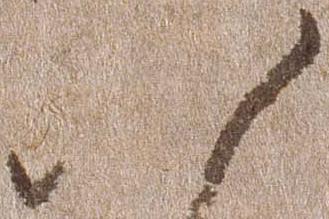
八